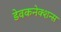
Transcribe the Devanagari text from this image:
डेवकनेक्शन्स